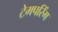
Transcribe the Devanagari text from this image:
टेमपरिंग